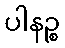
ပါနဉ္စ